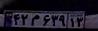
۴۲م۶۳۹۱۳